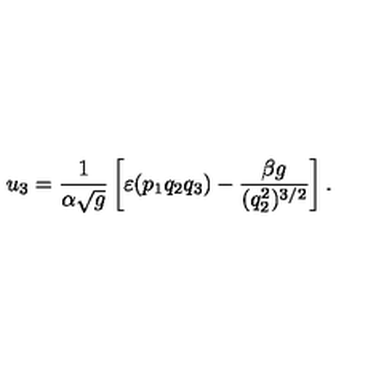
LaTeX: u _ { 3 } = \frac { 1 } { \alpha \sqrt { g } } \left[ \varepsilon ( p _ { 1 } q _ { 2 } q _ { 3 } ) - \frac { \beta g } { ( q _ { 2 } ^ { 2 } ) ^ { 3 / 2 } } \right] .